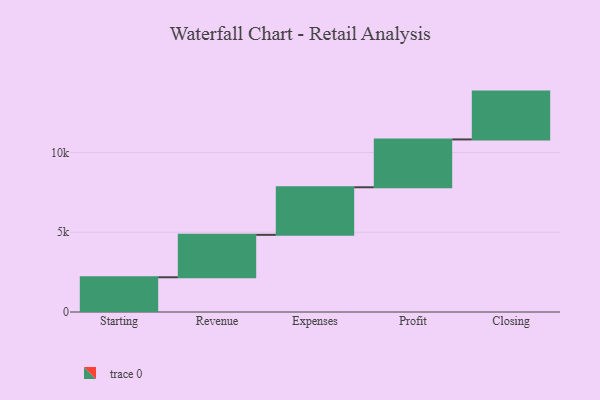
{"axis": {"x": "Step", "y": "Value"}, "legend": [""], "data": [{"x": "Starting", "y": 2179.0, "type": ""}, {"x": "Revenue", "y": 2660.0, "type": ""}, {"x": "Expenses", "y": 2984.0, "type": ""}, {"x": "Profit", "y": 3000, "type": ""}, {"x": "Closing", "y": 3000, "type": ""}]}